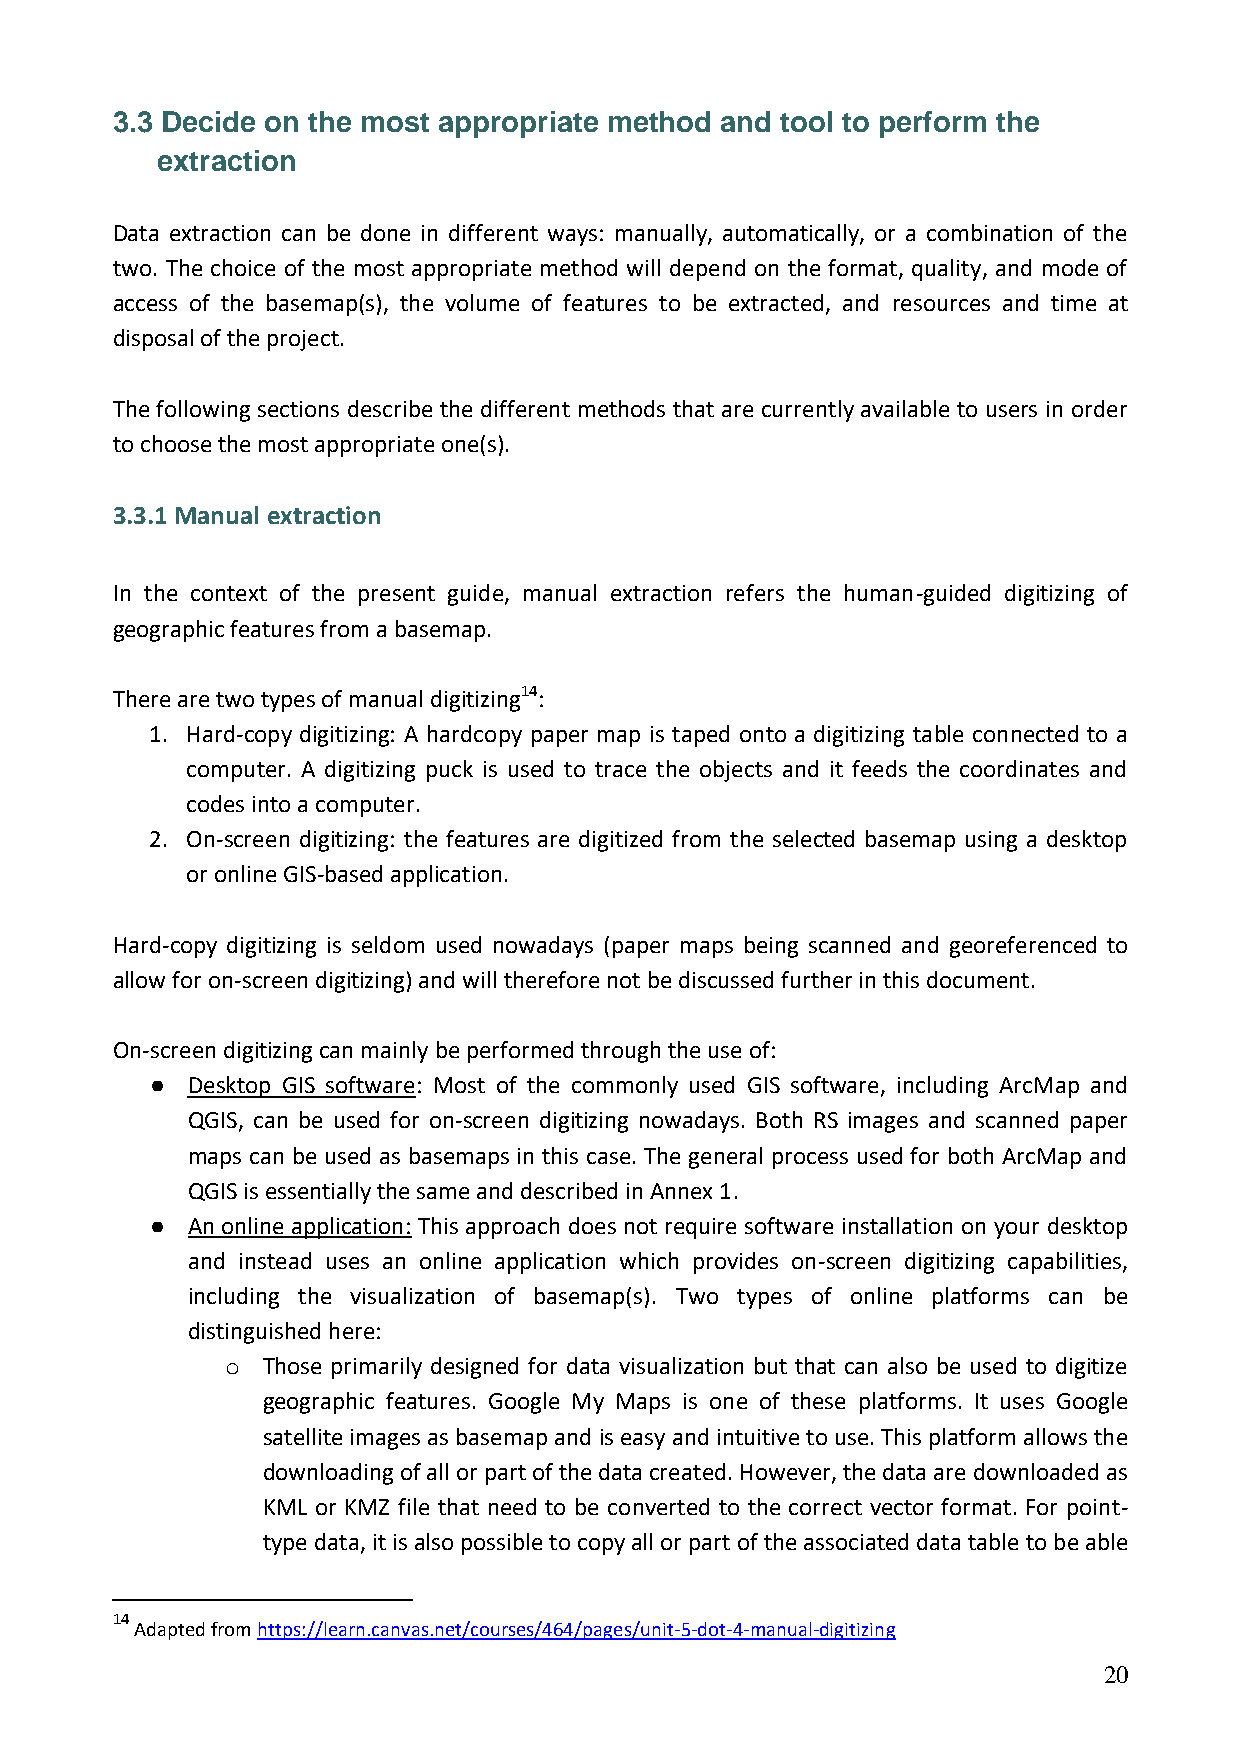
3.3 Decide on the most appropriate method and tool to perform the
 extraction
 Data extraction can be done in different ways: manually, automatically, or a combination of the
 two. The choice of the most appropriate method will depend on the format, quality, and mode of
 access of the basemap(s), the volume of features to be extracted, and resources and time at
 disposal of the project.
 The following sections describe the different methods that are currently available to users in order
 to choose the most appropriate one(s).
 3.3.1 Manual extraction
 In the context of the present guide, manual extraction refers the human-guided digitizing of
 geographic features from a basemap.
 There are two types of manual digitizing14:
 1. Hard-copy digitizing: A hardcopy paper map is taped onto a digitizing table connected to a
 computer. A digitizing puck is used to trace the objects and it feeds the coordinates and
 codes into a computer.
 2. On-screen digitizing: the features are digitized from the selected basemap using a desktop
 or online GIS-based application.
 Hard-copy digitizing is seldom used nowadays (paper maps being scanned and georeferenced to
 allow for on-screen digitizing) and will therefore not be discussed further in this document.
 On-screen digitizing can mainly be performed through the use of:
 ● Desktop GIS software: Most of the commonly used GIS software, including ArcMap and
 QGIS, can be used for on-screen digitizing nowadays. Both RS images and scanned paper
 maps can be used as basemaps in this case. The general process used for both ArcMap and
 QGIS is essentially the same and described in Annex 1.
 ● An online application: This approach does not require software installation on your desktop
 and instead uses an online application which provides on-screen digitizing capabilities,
 including the visualization of basemap(s). Two types of online platforms can be
 distinguished here:
 o Those primarily designed for data visualization but that can also be used to digitize
 geographic features. Google My Maps is one of these platforms. It uses Google
 satellite images as basemap and is easy and intuitive to use. This platform allows the
 downloading of all or part of the data created. However, the data are downloaded as
 KML or KMZ file that need to be converted to the correct vector format. For point-
 type data, it is also possible to copy all or part of the associated data table to be able
 14
 Adapted from https://learn.canvas.net/courses/464/pages/unit-5-dot-4-manual-digitizing
 20